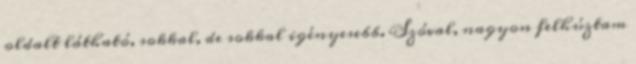
oldalt látható, sokkal, de sokkal igényesebb. Szóval, nagyon felhúztam